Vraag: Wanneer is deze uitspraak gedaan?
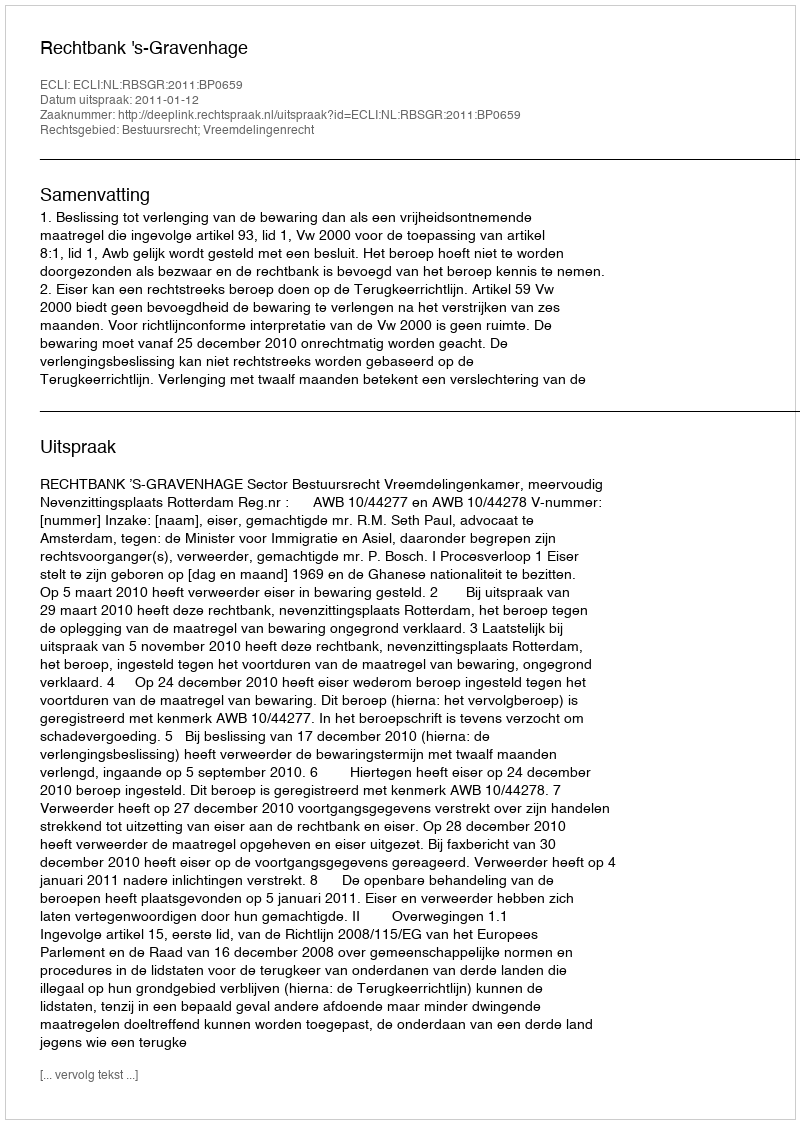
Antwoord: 2011-01-12